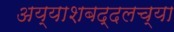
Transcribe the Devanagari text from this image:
अय्याशबद्दलच्या